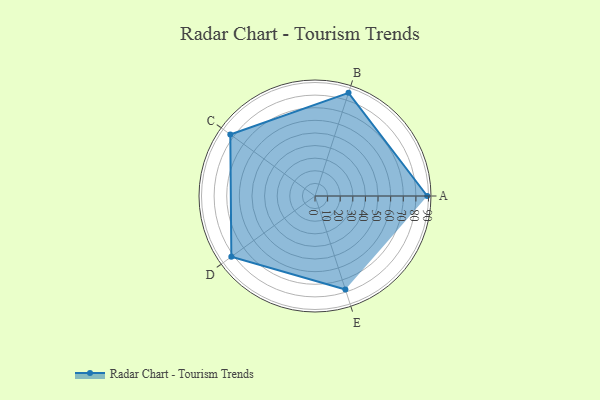
{"axis": {"x": "Skill", "y": "Score"}, "legend": ["Profile"], "data": [{"x": "A", "y": 89.0, "type": "Profile"}, {"x": "B", "y": 86.0, "type": "Profile"}, {"x": "C", "y": 83.0, "type": "Profile"}, {"x": "D", "y": 82.0, "type": "Profile"}, {"x": "E", "y": 78.0, "type": "Profile"}]}